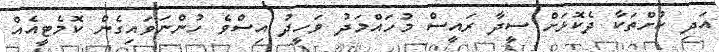
އަދި ކުށްތަކާ ދެކޮޅަށް ސީދާ ރައީސް މުހައްމަދު ވަހީދު އިސްވެ ހުންނަވައިގެން ކޮމެޓީއެއް